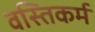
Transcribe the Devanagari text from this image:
वस्तिकर्म